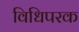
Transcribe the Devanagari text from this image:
विधिपरक